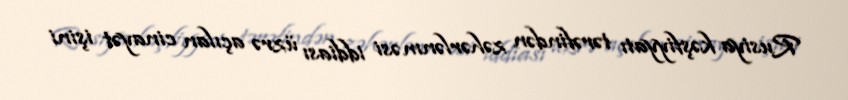
Rusiya kəşfiyyatı tərəfindən zəhərlənməsi iddiası üzrə açılan cinayət işini